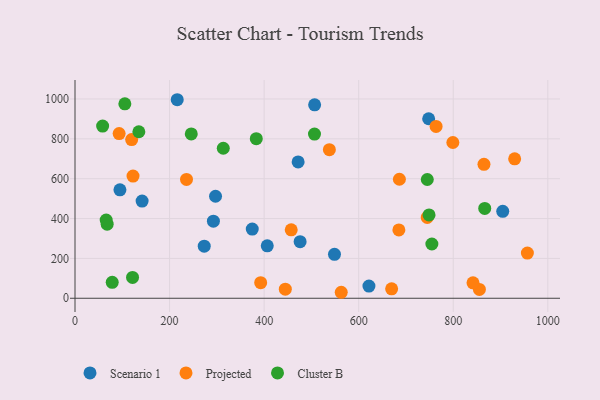
{"axis": {"x": "Distance", "y": "Profit"}, "legend": ["Cluster B", "Projected", "Scenario 1"], "data": [{"x": "297.2", "y": 511.9, "type": "Scenario 1"}, {"x": "141.9", "y": 487.5, "type": "Scenario 1"}, {"x": "406.6", "y": 263.1, "type": "Scenario 1"}, {"x": "506.8", "y": 970.9, "type": "Scenario 1"}, {"x": "292.7", "y": 386.8, "type": "Scenario 1"}, {"x": "471.9", "y": 684.0, "type": "Scenario 1"}, {"x": "904.7", "y": 436.1, "type": "Scenario 1"}, {"x": "95.0", "y": 543.9, "type": "Scenario 1"}, {"x": "374.9", "y": 347.1, "type": "Scenario 1"}, {"x": "621.7", "y": 61.2, "type": "Scenario 1"}, {"x": "548.8", "y": 220.6, "type": "Scenario 1"}, {"x": "476.1", "y": 284.1, "type": "Scenario 1"}, {"x": "748.0", "y": 900.7, "type": "Scenario 1"}, {"x": "216.2", "y": 996.3, "type": "Scenario 1"}, {"x": "273.3", "y": 261.2, "type": "Scenario 1"}, {"x": "685.0", "y": 342.7, "type": "Projected"}, {"x": "563.1", "y": 30.0, "type": "Projected"}, {"x": "392.7", "y": 78.4, "type": "Projected"}, {"x": "763.7", "y": 862.3, "type": "Projected"}, {"x": "457.3", "y": 343.2, "type": "Projected"}, {"x": "122.7", "y": 613.0, "type": "Projected"}, {"x": "855.3", "y": 44.1, "type": "Projected"}, {"x": "929.9", "y": 699.8, "type": "Projected"}, {"x": "956.8", "y": 226.9, "type": "Projected"}, {"x": "745.0", "y": 405.5, "type": "Projected"}, {"x": "538.0", "y": 745.5, "type": "Projected"}, {"x": "865.0", "y": 672.1, "type": "Projected"}, {"x": "119.8", "y": 796.4, "type": "Projected"}, {"x": "799.2", "y": 781.7, "type": "Projected"}, {"x": "841.8", "y": 77.5, "type": "Projected"}, {"x": "686.1", "y": 597.2, "type": "Projected"}, {"x": "235.8", "y": 596.4, "type": "Projected"}, {"x": "669.7", "y": 47.1, "type": "Projected"}, {"x": "444.8", "y": 45.6, "type": "Projected"}, {"x": "93.3", "y": 826.4, "type": "Projected"}, {"x": "68.0", "y": 372.0, "type": "Cluster B"}, {"x": "78.7", "y": 80.0, "type": "Cluster B"}, {"x": "748.8", "y": 418.4, "type": "Cluster B"}, {"x": "754.8", "y": 272.3, "type": "Cluster B"}, {"x": "313.6", "y": 752.9, "type": "Cluster B"}, {"x": "121.7", "y": 104.5, "type": "Cluster B"}, {"x": "65.9", "y": 392.2, "type": "Cluster B"}, {"x": "245.9", "y": 824.7, "type": "Cluster B"}, {"x": "745.1", "y": 596.0, "type": "Cluster B"}, {"x": "58.4", "y": 864.1, "type": "Cluster B"}, {"x": "383.4", "y": 800.9, "type": "Cluster B"}, {"x": "105.4", "y": 975.5, "type": "Cluster B"}, {"x": "135.0", "y": 835.6, "type": "Cluster B"}, {"x": "506.5", "y": 823.7, "type": "Cluster B"}, {"x": "866.6", "y": 450.9, "type": "Cluster B"}]}